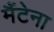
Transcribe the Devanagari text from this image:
मैंटेना